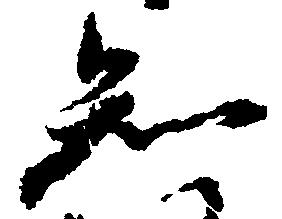
知